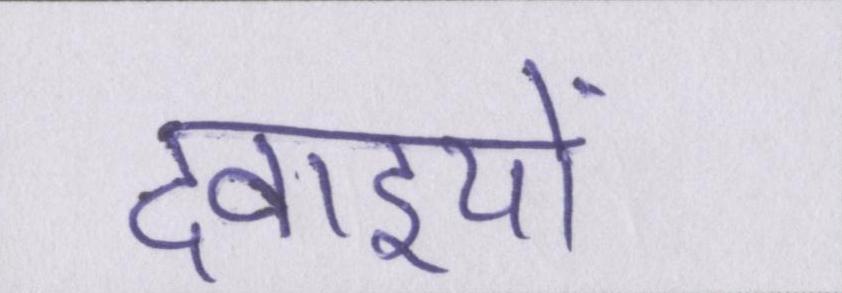
दवाइयों